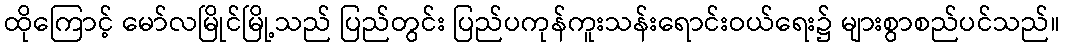
ထိုကြောင့် မော်လမြိုင်မြို့သည် ပြည်တွင်း ပြည်ပကုန်ကူးသန်းရောင်းဝယ်ရေး၌ များစွာစည်ပင်သည်။